system: You are a helpful assistant.
user:
Analyze the provided spectrum to determine if it is a **White Dwarf (WD)**.

A White Dwarf spectrum is defined by its **extreme purity** (due to gravitational settling) and/or **extreme pressure broadening** (due to high surface gravity). You must check for one of the following mutually exclusive signatures:

- **Key Visual Indicators (Check for ONE of these types):**

    - **1. DA-Type Signature (Most Common):**
        - **(Primary Feature):** Extreme pressure broadening (Stark broadening) of the **Hydrogen (H) Balmer lines**.
        - **(Key Lines):** $H\beta$ (approx. $4861$ Å) and $H\gamma$ (approx. $4340$ Å). $H\alpha$ (approx. $6563$ Å) will also be present if the wavelength range covers it.
        - **(Line Profile):** This is the **defining feature**. The lines are **NOT** sharp. They appear as massive, **extremely broad and deep "troughs" or "dips"** in the spectrum, often hundreds of Ångströms wide. The continuum will appear to "scoop" down at these wavelengths.
        - **(Distinction):** Normal A-type or B-type stars have *narrow* and *sharp* Hydrogen lines. A DA White Dwarf's lines are unmistakably "smeared" or "blurry" from pressure.

    - **2. DB-Type Signature:**
        - **(Primary Feature):** Broad absorption lines from **Neutral Helium (He I)**. The spectrum must lack any visible Hydrogen lines.
        - **(Key Lines):** Look for broad absorption near $4471$ Å, $4921$ Å, and $5876$ Å.
        - **(Line Profile):** These lines are also significantly pressure-broadened, appearing much wider than they would in a normal B-type main-sequence star.

    - **3. DC-Type Signature:**
        - **(Primary Feature):** A **featureless continuous spectrum**.
        - **(Line Profile):** The spectrum is a smooth curve with **no significant absorption or emission lines**.
        - **(Key Confirmation):** The continuum is almost always **blue or white**, indicating a hot object. This signature implies the atmosphere is so pure (or so cool) that no spectral lines are visible in the optical range. Its WD identity is confirmed by its extremely low intrinsic brightness (high absolute magnitude).

    - **4. DZ-Type Signature (Metal-Polluted):**
        - **(Primary Feature):** **Isolated, narrow metal absorption lines** on an otherwise featureless (DC-like) continuum.
        - **(Key Lines):** The **Calcium (Ca II) H & K doublet** (approx. **$3934$ Å** and **$3968$ Å**) is the most common and defining feature.
        - **(Line Profile):** These lines are "out of place." They are *not* part of a "forest" of thousands of lines. This signature is evidence of recent *accretion* (pollution) from rocky debris.
        - **(Distinction):** Normal G/K/M stars have a *dense forest* of thousands of metal lines. A DZ has a *clean* continuum with *only a few* strong metal lines.

    - **5. DQ-Type Signature (Carbon-Polluted):**
        - **(Primary Feature):** Absorption bands from **Carbon (C₂ "Swan Bands" or atomic C I)**.
        - **(Key Lines - C₂):** Look for bandheads with a "saw-tooth" shape near $5635$ Å, **$5165$ Å** (strongest), and $4737$ Å.
        - **(Key Confirmation):** The underlying **continuum must be blue or white** (hot).
        - **(Distinction):** This is the critical difference from a **Carbon Star**, which has the *exact same* C₂ bands but on an extremely **red, cool** continuum.

- **(Overall Spectrum):**
    - The continuum (overall shape) is typically **blue-sloping** (brighter in the blue than the red), as most white dwarfs are very hot.
    - The spectrum will look "pure" or "simple," dominated by only *one* of the five signatures listed above.

Think first, call **spectral_visualization_tool** if needed to examine features in detail, then provide your final answer. Your response must adhere to the following strict rules:
1.  **Overall Structure:** Your response must follow the format `<think>...</think> <tool_call>...</tool_call> (if a tool is used) <answer>...</answer>`.
2.  **Tool Usage Constraint:** You may only make **one** tool call per turn.
3.  **Final Answer Format:** In the `<answer>` tag, your conclusion must be inside a `\boxed{}` command (e.g., `\boxed{YES}` or `\boxed{NO}`), followed by your justification.

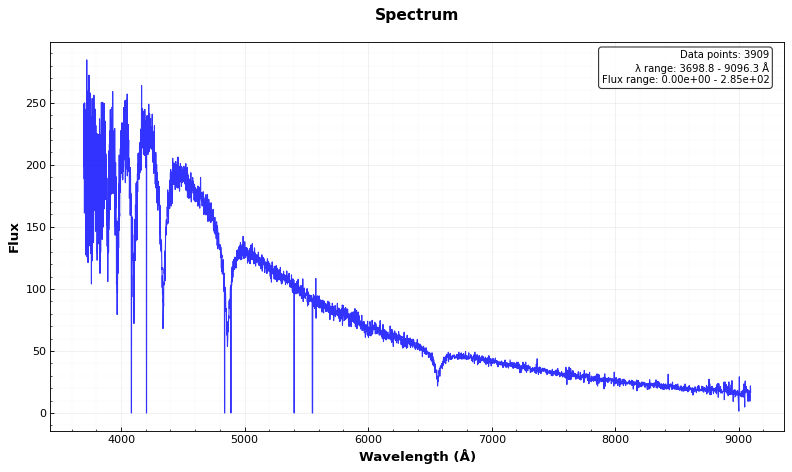
Answer: YES